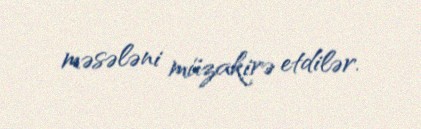
məsələni müzakirə etdilər.